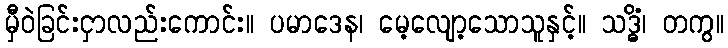
မှီဝဲခြင်းငှာလည်းကောင်း။ ပမာဒေန၊ မေ့လျော့သောသူနှင့်။ သဒ္ဓိံ၊ တကွ။